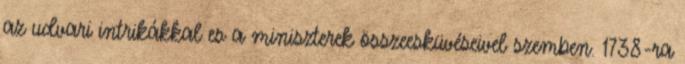
az udvari intrikákkal es a miniszterek összeesküvéseivel szemben. 1738-ra